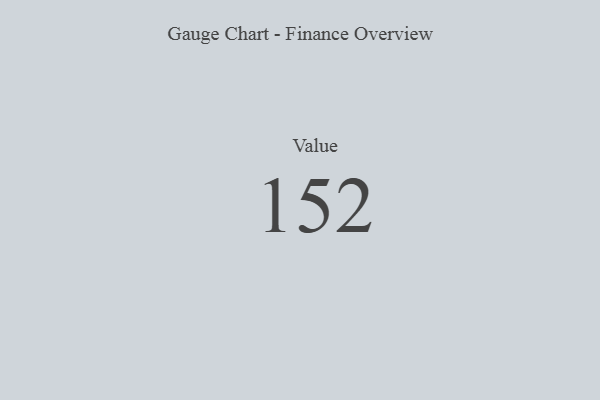
{"axis": {"x": "Metric", "y": "Value"}, "legend": [""], "data": [{"x": "Value", "y": 152, "type": ""}]}